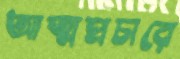
আত্মপ্রচারে